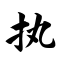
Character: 执